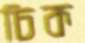
চিক